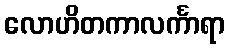
လောဟိတကာလင်္ကာရာ